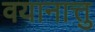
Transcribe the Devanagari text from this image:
वयानात्तु